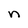
Character: n